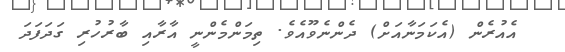
އެއުރެން (އެކަމަނާއަށް) ދެންނެވޫއެވެ. ތިމަންމެންނީ އާރާއި ބާރުހުރި ގަދަފަދަ